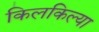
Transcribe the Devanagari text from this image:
किलकिल्या